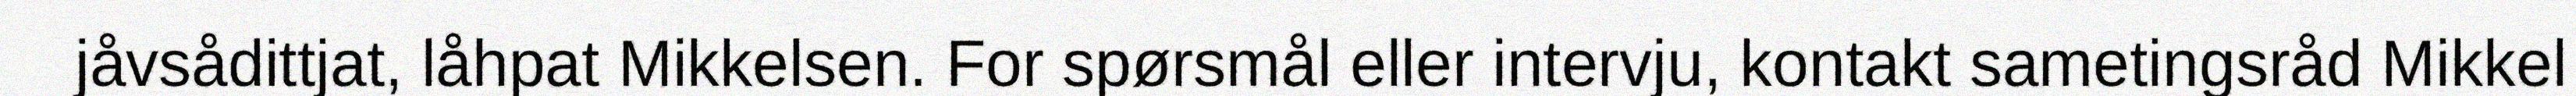
jåvsådittjat, låhpat Mikkelsen. For spørsmål eller intervju, kontakt sametingsråd Mikkel